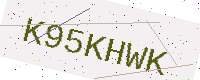
Text: K95KHWK